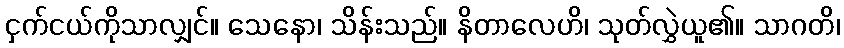
ငှက်ငယ်ကိုသာလျှင်။ သေနော၊ သိန်းသည်။ နိတာလေဟိ၊ သုတ်လွှဲယူ၏။ သာဂတိ၊